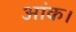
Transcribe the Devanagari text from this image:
आंक।